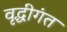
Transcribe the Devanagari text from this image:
वृद्धीगंत